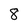
Character: 8